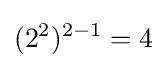
(2^{2})^{2-1}=4